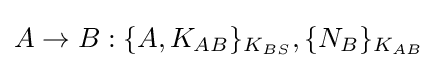
A\rightarrow B:\{A,K_{AB}\}_{K_{BS}},\{N_{B}\}_{K_{AB}}